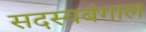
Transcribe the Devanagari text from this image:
सदस्यबंगाल